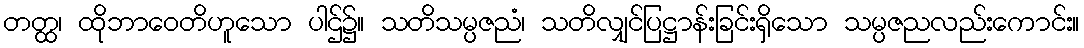
တတ္ထ၊ ထိုဘာဝေတိဟူသော ပါဌ်၌။ သတိသမ္ပဇညံ၊ သတိလျှင်ပြဋ္ဌာန်းခြင်းရှိသော သမ္ပဇညလည်းကောင်း။